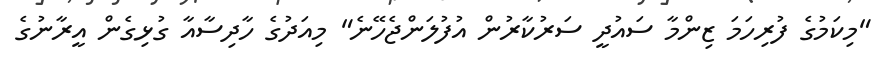
"މިކަމުގެ ފުރިހަމަ ޒިންމާ ސައުދީ ސަރުކާރުން އުފުލަންޖެހޭނެ" މިއަދުގެ ހާދިސާއާ ގުޅިގެން އީރާނުގެ